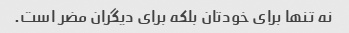
نه تنها برای خودتان بلکه برای دیگران مضر است.